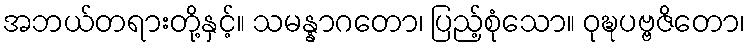
အဘယ်တရားတို့နှင့်။ သမန္နာဂတော၊ ပြည့်စုံသော။ ဝုဍ္ဎပဗ္ဗဇိတော၊